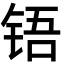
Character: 铻